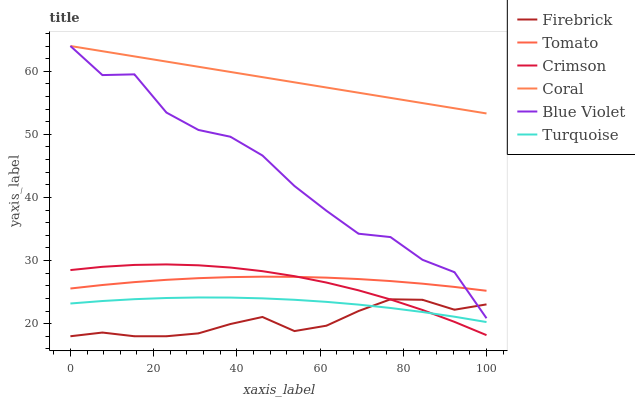
| xaxis_label | Firebrick | Tomato | Crimson | Coral | Blue Violet | Turquoise |
 | --- | --- | --- | --- | --- | --- | --- |
 | 0 | 18 | 25.6 | 28.5 | 64 | 64 | 23.2 |
 | 7.69 | 18.6 | 26.1 | 29 | 63.2 | 59.4 | 23.6 |
 | 15.4 | 18 | 26.6 | 29.3 | 62.4 | 59.5 | 23.9 |
 | 23.1 | 18 | 26.9 | 29.4 | 61.5 | 53.5 | 24.1 |
 | 30.8 | 18.5 | 27.2 | 29.2 | 60.7 | 50.7 | 24.1 |
 | 38.5 | 19.9 | 27.4 | 28.9 | 59.9 | 49.6 | 24.1 |
 | 46.2 | 21.1 | 27.4 | 28.3 | 59.1 | 46.6 | 24 |
 | 53.8 | 18.8 | 27.4 | 27.5 | 58.2 | 41.8 | 23.8 |
 | 61.5 | 19.7 | 27.3 | 26.5 | 57.4 | 37.9 | 23.4 |
 | 69.2 | 22 | 27.1 | 25.3 | 56.6 | 34.3 | 23 |
 | 76.9 | 23.9 | 26.7 | 23.8 | 55.8 | 33.7 | 22.5 |
 | 84.6 | 23.8 | 26.3 | 22.2 | 55 | 30.1 | 21.8 |
 | 92.3 | 22.2 | 25.8 | 20.3 | 54.1 | 28.2 | 21.1 |
 | 100 | 23.1 | 25.2 | 18.2 | 53.3 | 20.9 | 20.2 |